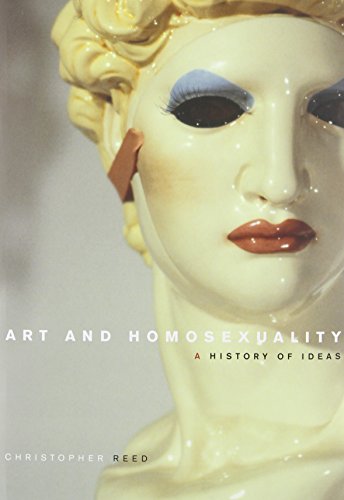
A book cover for Art and Homosexuality: A History of Ideas; Christopher Reed; Gay & Lesbian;